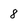
Character: 8